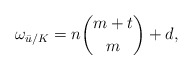
\begin{align*} \omega_{\bar u/K}=n \binom{m+t}{m} + d, \end{align*}